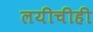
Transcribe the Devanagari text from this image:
लयीचीही